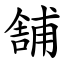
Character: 舗